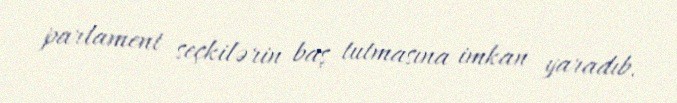
parlament seçkilərin baş tutmasına imkan yaradıb.